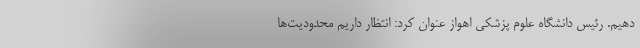
دهیم. رئیس دانشگاه علوم پزشکی اهواز عنوان کرد: انتظار داریم محدودیت‌ها